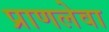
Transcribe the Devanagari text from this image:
प्राणलेवा